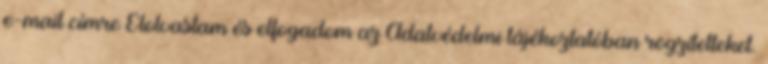
e-mail címre Elolvastam és elfogadom az Adatvédelmi tájékoztatóban rögzítetteket.